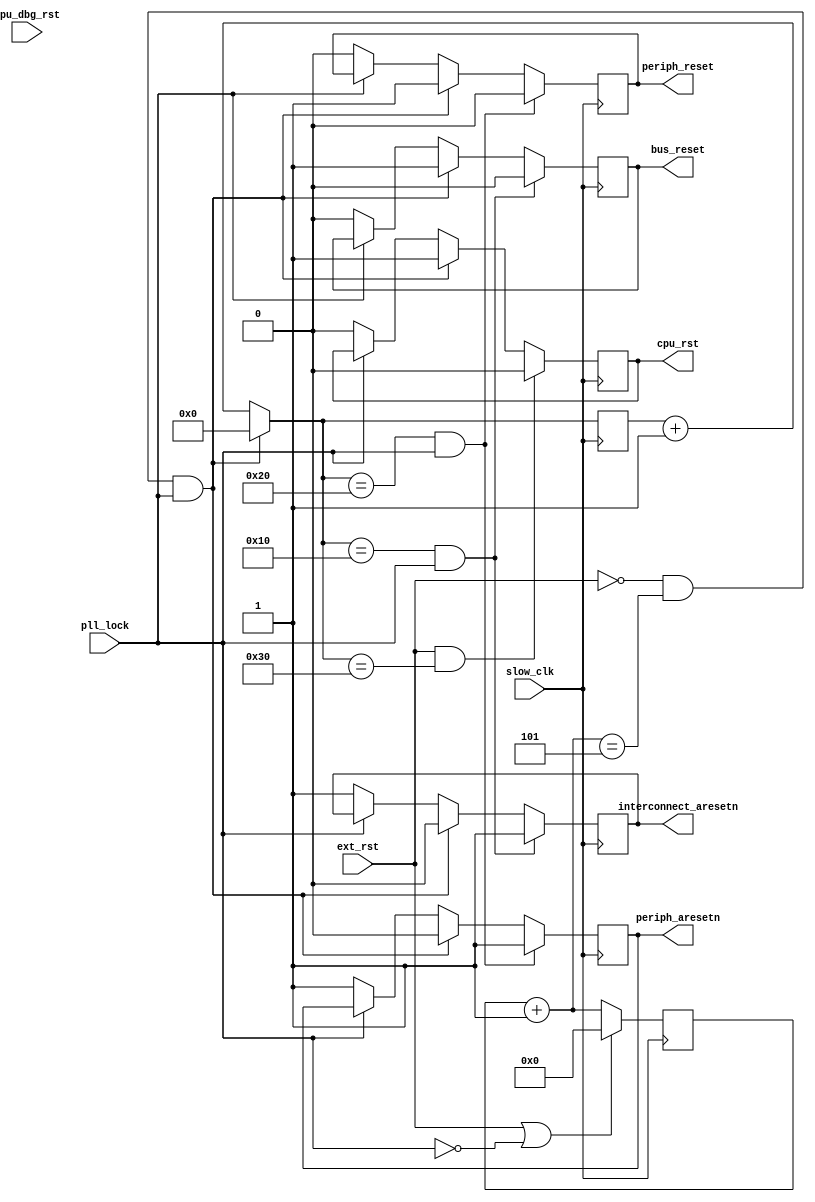
/*

Copyright (c) 2022 Rapid Silicon

Permission is hereby granted, free of charge, to any person obtaining a copy
of this software and associated documentation files (the "Software"), to deal
in the Software without restriction, including without limitation the rights
to use, copy, modify, merge, publish, distribute, sublicense, and/or sell
copies of the Software, and to permit persons to whom the Software is
furnished to do so, subject to the following conditions:

The above copyright notice and this permission notice shall be included in
all copies or substantial portions of the Software.

THE SOFTWARE IS PROVIDED "AS IS", WITHOUT WARRANTY OF ANY KIND, EXPRESS OR
IMPLIED, INCLUDING BUT NOT LIMITED TO THE WARRANTIES OF MERCHANTABILITY
FITNESS FOR A PARTICULAR PURPOSE AND NONINFRINGEMENT. IN NO EVENT SHALL THE
AUTHORS OR COPYRIGHT HOLDERS BE LIABLE FOR ANY CLAIM, DAMAGES OR OTHER
LIABILITY, WHETHER IN AN ACTION OF CONTRACT, TORT OR OTHERWISE, ARISING FROM,
OUT OF OR IN CONNECTION WITH THE SOFTWARE OR THE USE OR OTHER DEALINGS IN
THE SOFTWARE.

*/

// Language: Verilog 2001

`timescale 1ns / 1ps

/*
 * Processor system reset IP
 */

module reset_release #
(
    parameter IP_TYPE 		        = "RSTR",
	parameter IP_VERSION 	        = 32'h1, 
	parameter IP_ID 		        = 32'h2e91209,

    parameter EXT_RESET_WIDTH       = 5,
    parameter PERIPHERAL_ARESETN    = 1,
    parameter INTERCONNECTS         = 1,
    parameter BUS_RESET             = 1,
    parameter PERIPHERAL_RESET      = 1
) (

    input                           slow_clk,
    input                           ext_rst,
    input                           cpu_dbg_rst,
    input                           pll_lock,

    output reg                             cpu_rst,
    output reg [PERIPHERAL_ARESETN-1:0]    periph_aresetn,
    output reg [INTERCONNECTS-1:0]         interconnect_aresetn,
    output reg [BUS_RESET-1:0]        bus_reset,
    output reg [PERIPHERAL_RESET-1:0]      periph_reset);
    

reg [4:0] count = 0;
reg [10:0] count_16 = 0;

always @(posedge slow_clk)
begin
    count = count +1;
    count_16 = count_16 +1;


// No lock asserted
    if (!pll_lock) begin
        cpu_rst                  <= 1'b0;
        periph_aresetn          <= {PERIPHERAL_ARESETN{1'b1}};
        interconnect_aresetn    <= {INTERCONNECTS{1'b1}};
        bus_reset               <= {BUS_RESET{1'b0}};
        periph_reset            <= {PERIPHERAL_RESET{1'b0}};
    end

// Reset sequence starts after ext_rst and lock asserted
    if (!ext_rst && count== EXT_RESET_WIDTH && pll_lock) begin
        cpu_rst                 <= 1'b1;
        periph_aresetn          <= {PERIPHERAL_ARESETN{1'b0}};
        interconnect_aresetn    <= {INTERCONNECTS{1'b0}};
        bus_reset               <= {BUS_RESET{1'b1}};
        periph_reset            <= {PERIPHERAL_RESET{1'b1}};
        count_16 = 0;
    end

    if(count_16 == 16 && pll_lock) begin
        interconnect_aresetn    <= {INTERCONNECTS{1'b1}};
        bus_reset               <= {BUS_RESET{1'b0}};
    end

    if(count_16 == 32 && pll_lock) begin
        periph_aresetn          <= {PERIPHERAL_ARESETN{1'b1}};
        periph_reset            <= {PERIPHERAL_RESET{1'b0}};
    end

    if(ext_rst && count_16 == 48) begin
        cpu_rst                  <= 1'b0;
    end


    if(ext_rst || !pll_lock)
    begin
        count = 1'b0;
    end

end

endmodule